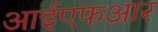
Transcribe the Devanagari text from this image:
आईएफआर